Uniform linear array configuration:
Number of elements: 64
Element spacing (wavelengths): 1
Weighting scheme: hamming
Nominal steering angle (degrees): -45
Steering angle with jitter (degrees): -46.637
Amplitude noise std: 0.05
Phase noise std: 0.05

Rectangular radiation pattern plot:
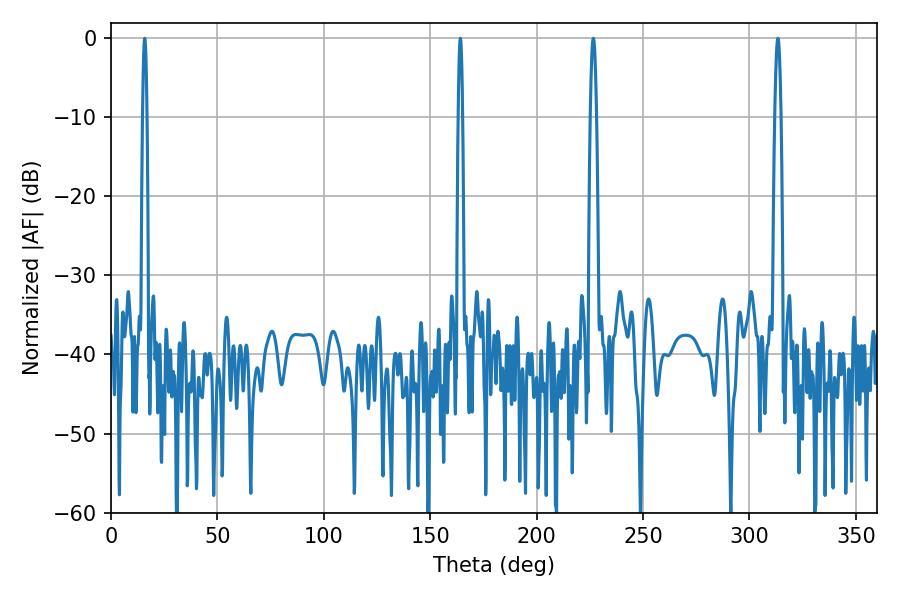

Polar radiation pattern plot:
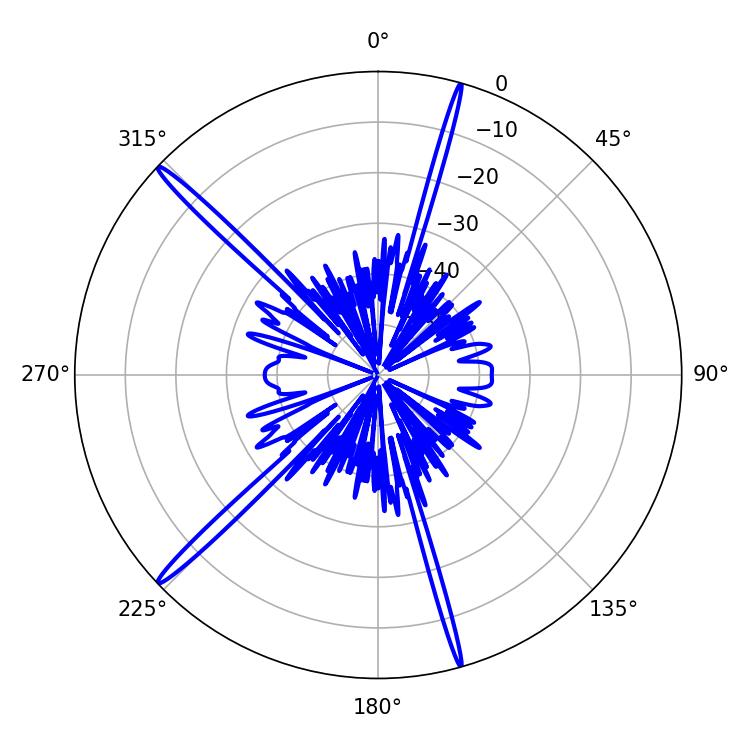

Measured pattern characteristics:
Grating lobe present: TRUE
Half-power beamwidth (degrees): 1.08
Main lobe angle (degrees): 15.84